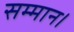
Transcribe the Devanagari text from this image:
सम्‍मान।